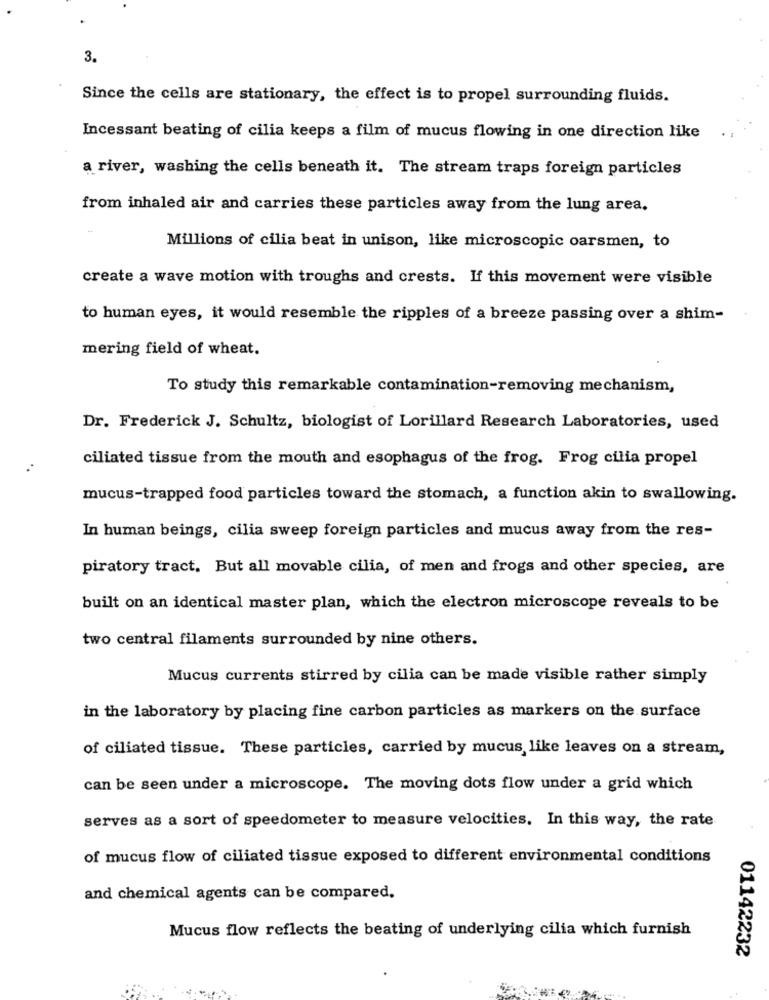
3.
Since the cells are stationary, the effect is to propel surrounding fluids.
Incessant beating of cilia keeps a film of mucus flowing in one direction like
a river, washing the cells beneath it. The stream traps foreign particles
from inhaled air and carries these particles away from the lung area.
Millions of cilia beat in unison, like microscopic oarsmen, to
create a wave motion with troughs and crests. If this movement were visible
to human eyes, it would resemble the ripples of a breeze passing over a shim-
mering field of wheat.
To study this remarkable contamination-removing mechanism,
Dr. Frederick J. Schultz, biologist of Lorillard Research Laboratories, used
ciliated tissue from the mouth and esophagus of the frog. Frog cilia propel
mucus-trapped food particles toward the stomach, a function akin to swallowing.
In human beings, cilia sweep foreign particles and mucus away from the res-
piratory tract. But all movable cilia, of men and frogs and other species, are
built on an identical master plan, which the electron microscope reveals to be
two central filaments surrounded by nine others.
Mucus currents stirred by cilia can be made visible rather simply
in the laboratory by placing fine carbon particles as markers on the surface
of ciliated tissue. These particles, carried by mucus, like leaves on a stream,
can be seen under a microscope. The moving dots flow under a grid which
serves as a sort of speedometer to measure velocities. In this way, the rate
of mucus flow of ciliated tissue exposed to different environmental conditions
and chemical agents can be compared.
Mucus flow reflects the beating of underlying cilia which furnish
01142232